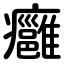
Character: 癰